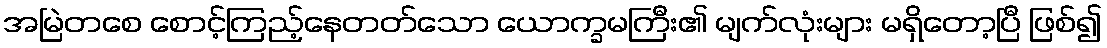
အမြဲတစေ စောင့်ကြည့်နေတတ်သော ယောက္ခမကြီး၏ မျက်လုံးများ မရှိတော့ပြီ ဖြစ်၍